Lunatic asylums Burma 1907-21 - 1907-1921
Year: 1907
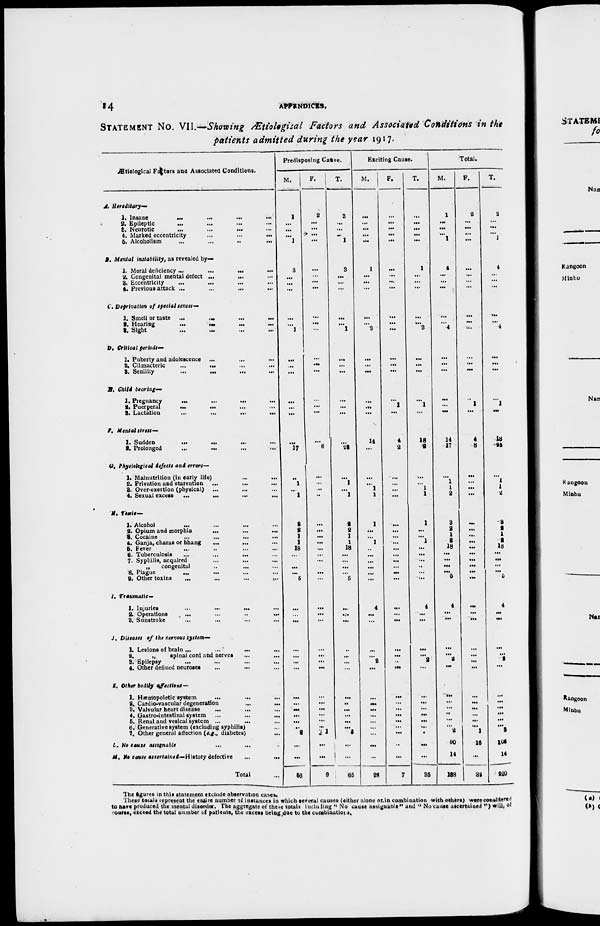
14
APPENDICES.
STATEMENT No. VII.—Showing Ætiological Factors and Associated Conditions in the
patients admitted during the year 1917.
Ætiological Factors and Associated Conditions.
A. Hereditary—
1. Insane
... ... ... ...
2. Epileptic ... ... ... ...
3. Neurotic
...
...
... ...
4. Marked eccentricity
...
...
...
5. Alcoholism
...
...
...
...
B. Mental instability, as revealed by—
1. Moral deficiency...
...
...
...
2. Congenital mental defect ... ... ...
3. Eccentricity ... ... ... ...
4. Previous attack ... ... ... ...
C. Deprivation of special senses—
1. Smell or taste ... ... ... ...
2. Hearing
... ... ... ...
3. Sight
...
... ... ...
D. Critical periods—
1. Puberty and adolescence ... ... ...
2. Climacteric
...
...
... ...
3. Senility
...
...
...
...
E. Child bearing—
1. Pregnancy
...
...
... ...
2. Puerperal
...
...
...
...
3. Lactation
... ... ... ...
F. Mental stress—
1. Sudden
...
... ... ...
2. Prolonged
...
...
... ...
G. Physiological defects and errors—
1. Malnutrition (in early life) ... ...
2. Privation and starvation ... ... ...
3. Over-exertion (physical) ... ... ...
4. Sexual excess
...
... ... ...
H. Toxic—
1. Alcohol
... ... ... ...
2. Opium and morphia
...
...
...
3. Cocaine ... ... ... ...
4. Ganja, charas or bhang
...
... ...
5. Fever ... ... ... ...
6. Tuberculosis
...
...
... ...
7. Syphilis, acquired ... ... ...
„
congenital
..
... ...
8. Plague
...
...
...
...
9. Other toxins
...
...
...
...
I. Traumatic—
1. Injuries ... ... ... ...
2. Operations
...
...
...
...
3. Sunstroke ... ... ... ...
J. Diseases of the nervous system—
1. Lesions of brain ...
...
... ...
2.
„
spinal cord and nerves ... ...
3. Epilepsy ... ... ... ...
4. Other defined neuroses ... ... ...
K. Other bodily affections—
1. Hæmopoletic system ... ... ...
2. Cardio-vascular degeneration
...
...
3. Valvular heart disease
... ... ...
4. Gastro-intestinal system
...
...
...
5. Renal and vesical system ...
... ...
6. Generative system (excluding syphilis) ...
7. Other general affection (e.g., diabetes) ...
L. No cause assignable ... ...
M. No cause ascertained—History defective
...
...
Total ...
Predisposing Cause.
M.
1
...
...
...
1
3
...
...
...
...
...
1
...
...
...
...
...
...
...
17
...
1
...
1
2
2
1
1
18
...
...
...
...
5
...
...
...
...
...
...
...
...
...
...
...
...
...
2
...
...
56
F.
2
...
...
...
...
...
...
...
...
...
...
...
...
...
...
...
...
...
...
6
...
...
...
...
...
...
...
...
...
...
...
...
...
...
...
...
...
...
...
...
...
...
...
...
...
...
...
1
...
...
9
T.
3
...
...
...
1
3
...
...
...
...
...
1
...
...
...
...
...
...
...
23
...
1
...
1
2
2
1
1
18
...
...
...
...
5
...
...
...
...
...
...
...
...
...
...
...
...
...
3
...
...
65
Exciting Cause.
M.
...
...
...
...
...
1
...
...
...
...
...
3
...
...
...
...
...
...
14
...
...
...
1
1
1
...
...
1
...
...
...
...
...
...
4
...
...
...
...
2
...
...
...
...
...
...
...
...
...
...
28
F.
...
...
...
...
...
...
...
...
...
...
...
...
...
...
...
... 1
...
4
2
...
...
...
...
...
...
...
...
...
...
...
...
...
...
...
...
...
...
...
...
...
...
...
...
...
...
...
...
...
...
7
T.
...
...
...
...
...
1
...
...
...
...
...
3
...
...
...
... 1
...
18
2
...
...
1
1
1
...
...
1
...
...
...
...
...
...
4
...
...
...
...
2
...
...
...
...
...
...
...
...
...
...
35
Total.
M.
1
...
...
...
1
4
...
...
...
...
...
4
...
...
...
...
...
...
14
17
...
1
1
2
3
2
1
2
18
...
...
...
...
5
4
...
...
...
...
2
...
...
...
...
...
...
...
2
90
14
188
F.
2
...
...
...
...
...
...
...
...
...
...
...
...
...
...
... 1
...
4
8
...
...
...
...
...
...
...
...
...
...
...
...
...
...
...
...
...
...
...
...
...
...
...
...
...
...
...
1
16
...
32
T.
3
...
...
...
1
4
...
...
...
...
...
4
...
...
...
... 1
...
18
25
...
1
1
2
3
2
1
2
18
...
...
...
...
5
4
...
...
...
...
2
...
...
...
...
...
...
...
3
106
14
220
The figures in this statement exclude observation cases.
These locals represent the entire number of instances in which several causes (either alone or in combination with others) were considered
to have produced the mental disorder. The aggregate of these totals including "No cause assignable" and "No cause ascertained") will, of
courses, exceed the total number of patients, the excess being due to the combination.